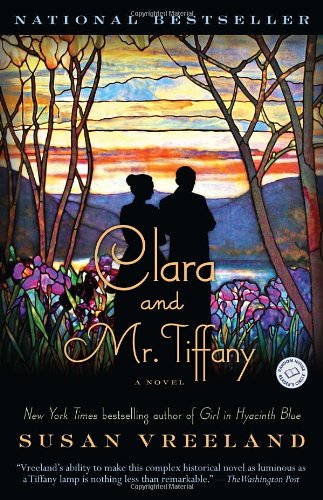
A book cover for Clara and Mr. Tiffany: A Novel; Susan Vreeland; Literature & Fiction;